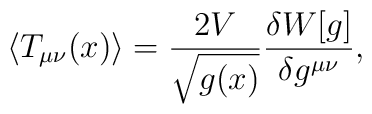
\langle T_{\mu \nu}(x)\rangle = \frac{2V}{\sqrt{g(x)}}  \frac{\delta W[g]}{\delta g^{\mu\nu}},